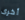
أخرى